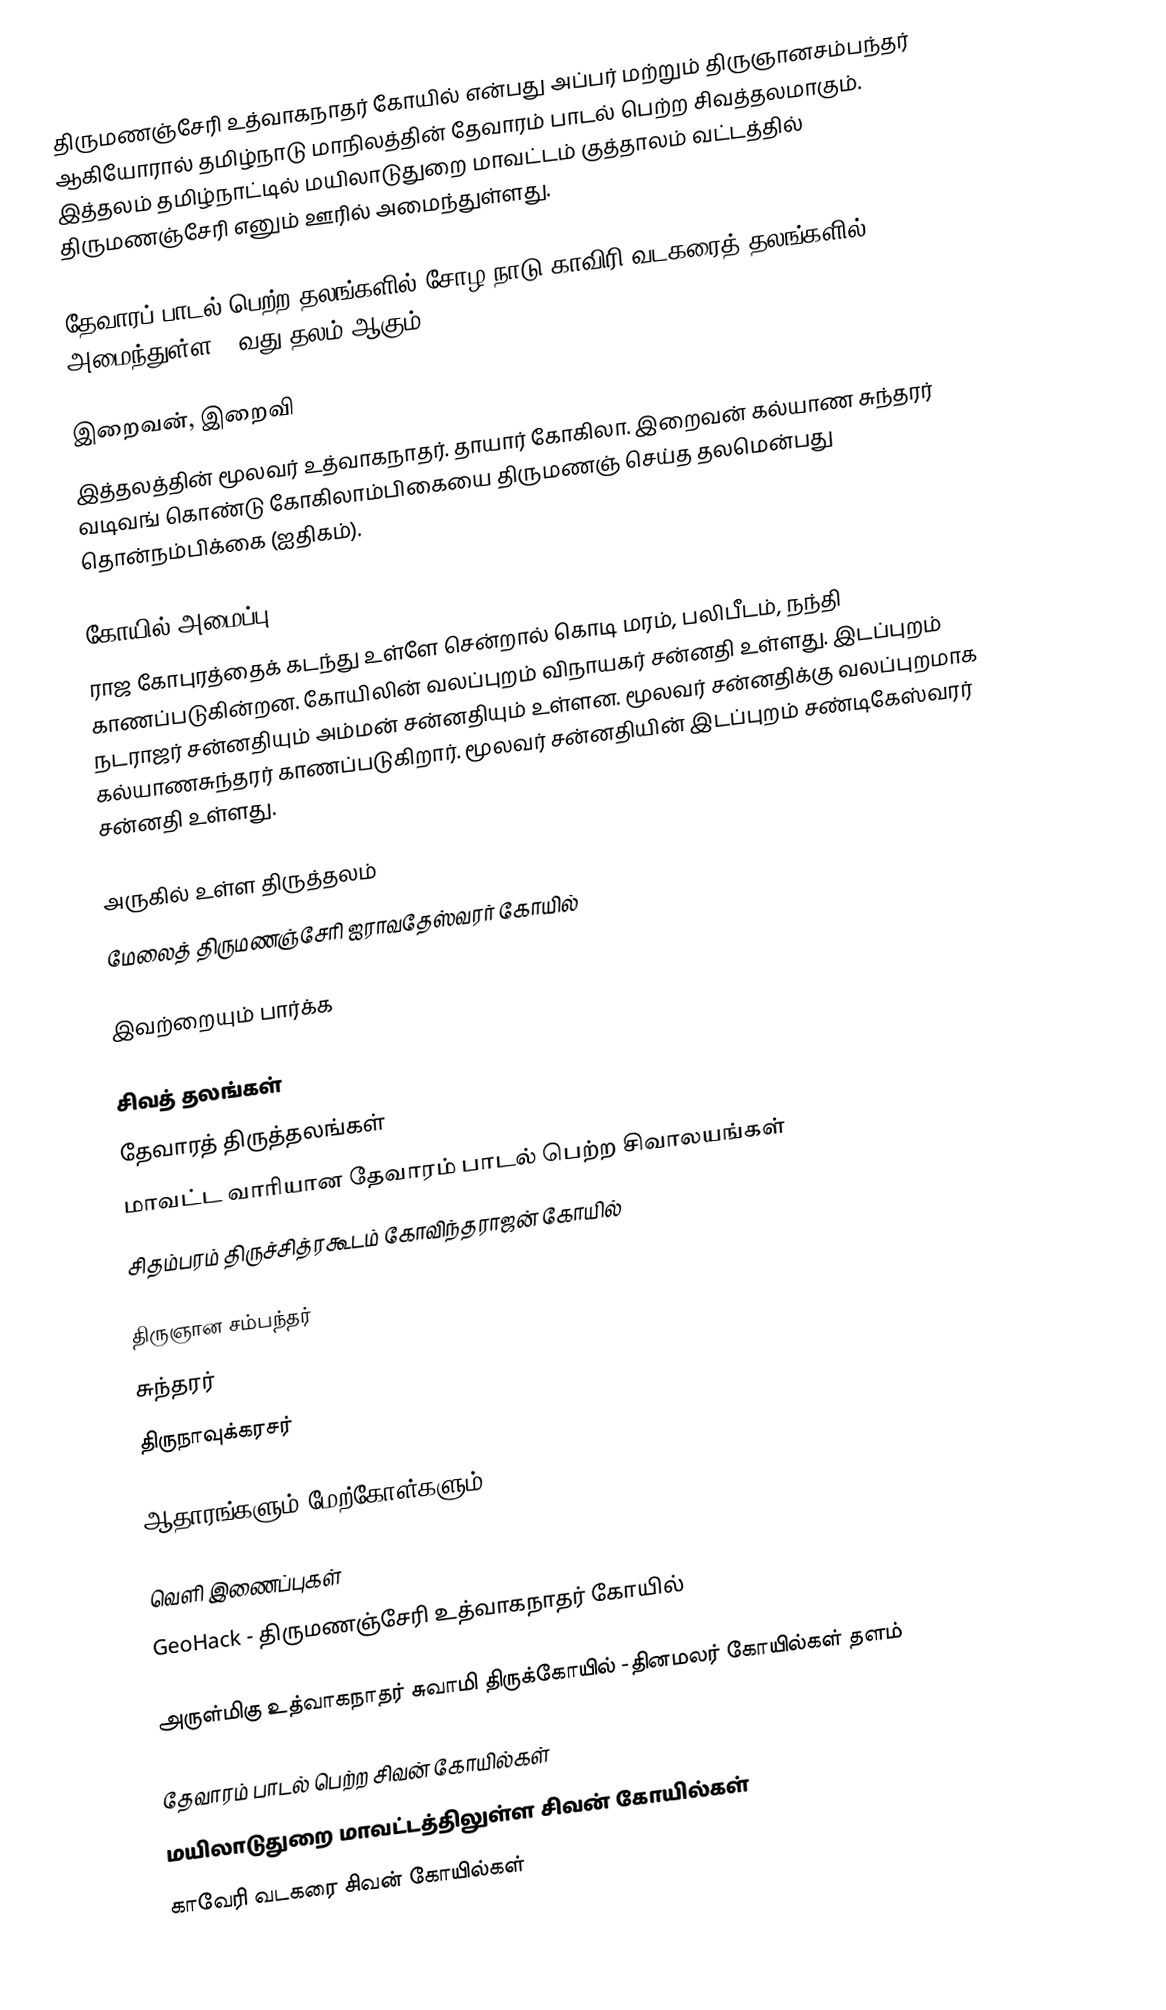
திருமணஞ்சேரி உத்வாகநாதர் கோயில் என்பது அப்பர் மற்றும் திருஞானசம்பந்தர் ஆகியோரால் தமிழ்நாடு மாநிலத்தின் தேவாரம் பாடல் பெற்ற சிவத்தலமாகும். இத்தலம் தமிழ்நாட்டில் மயிலாடுதுறை மாவட்டம் குத்தாலம் வட்டத்தில் திருமணஞ்சேரி எனும் ஊரில் அமைந்துள்ளது.

தேவாரப் பாடல் பெற்ற தலங்களில் சோழ நாடு காவிரி வடகரைத் தலங்களில் அமைந்துள்ள 25வது தலம் ஆகும்.

இறைவன், இறைவி
இத்தலத்தின் மூலவர் உத்வாகநாதர். தாயார் கோகிலா. இறைவன் கல்யாண சுந்தரர் வடிவங் கொண்டு கோகிலாம்பிகையை திருமணஞ் செய்த தலமென்பது தொன்நம்பிக்கை (ஐதிகம்).

கோயில் அமைப்பு
ராஜ கோபுரத்தைக் கடந்து உள்ளே சென்றால் கொடி மரம், பலிபீடம், நந்தி காணப்படுகின்றன. கோயிலின் வலப்புறம் விநாயகர் சன்னதி உள்ளது. இடப்புறம் நடராஜர் சன்னதியும் அம்மன் சன்னதியும் உள்ளன. மூலவர் சன்னதிக்கு வலப்புறமாக கல்யாணசுந்தரர் காணப்படுகிறார். மூலவர் சன்னதியின் இடப்புறம் சண்டிகேஸ்வரர் சன்னதி உள்ளது.

அருகில் உள்ள திருத்தலம்
 மேலைத் திருமணஞ்சேரி ஐராவதேஸ்வரர் கோயில்

இவற்றையும் பார்க்க

 சிவத் தலங்கள்
 தேவாரத் திருத்தலங்கள்
 மாவட்ட வாரியான தேவாரம் பாடல் பெற்ற சிவாலயங்கள்
 சிதம்பரம் திருச்சித்ரகூடம் கோவிந்தராஜன் கோயில்

 திருஞான சம்பந்தர்
 சுந்தரர்
 திருநாவுக்கரசர்

ஆதாரங்களும் மேற்கோள்களும்

வெளி இணைப்புகள்
 GeoHack - திருமணஞ்சேரி உத்வாகநாதர் கோயில்

 அருள்மிகு உத்வாகநாதர் சுவாமி திருக்கோயில் -தினமலர் கோயில்கள் தளம்

தேவாரம் பாடல் பெற்ற சிவன் கோயில்கள்
மயிலாடுதுறை மாவட்டத்திலுள்ள சிவன் கோயில்கள்
காவேரி வடகரை சிவன் கோயில்கள்